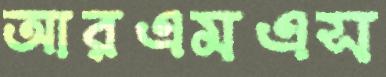
আরএমএস